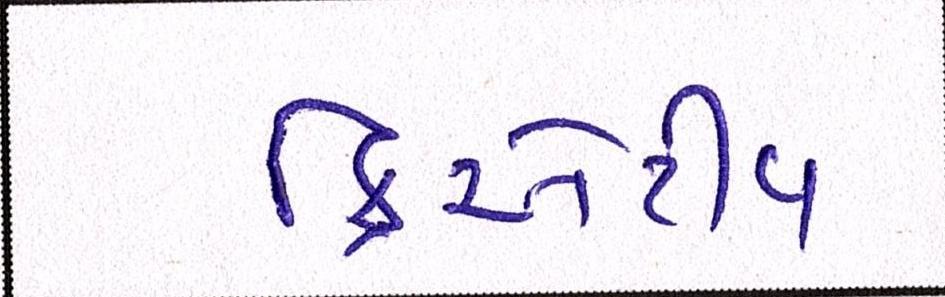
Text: ક્રિએટીવ